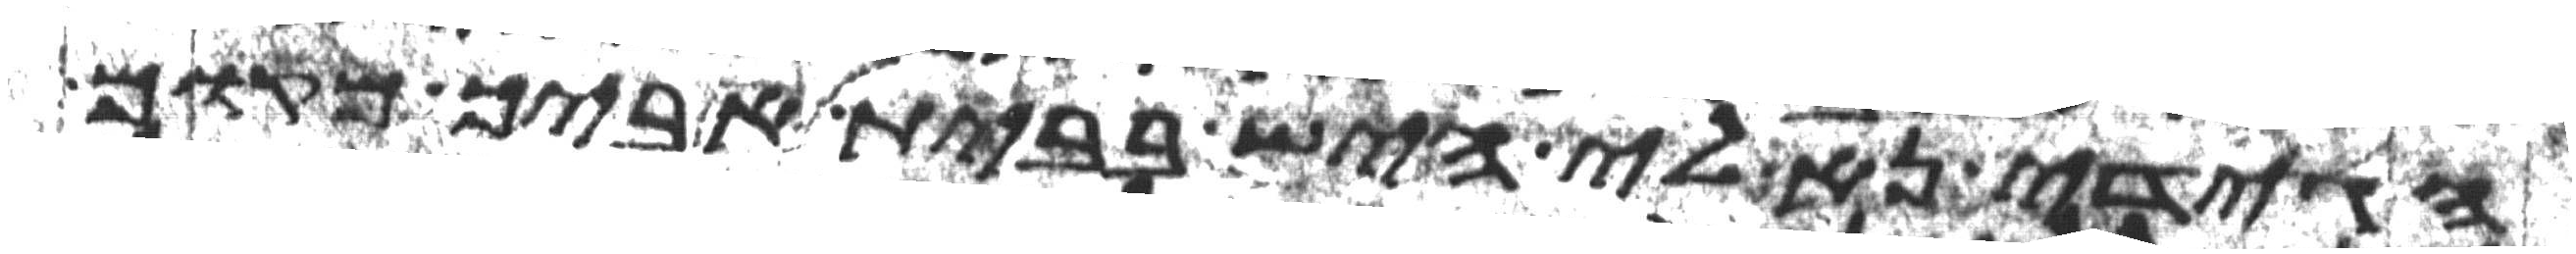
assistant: הגידי נא לי היש בבית אביך מקום